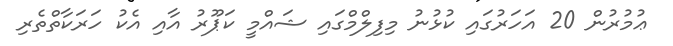
ޢުމުރުން 20 އަހަރުގައި ކުޅުނު މިފިލްމްގައި ޝައްމީ ކަޕޫރު އާއި އެކު ހަރަކާތްތެރި